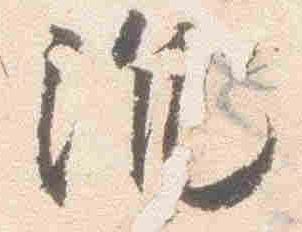
沈